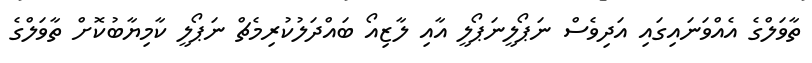
ތާވަލްގެ އެއްވަނައިގައި އަދިވެސް ނަޕޯލީނަޕޯލީ އާއި ލާޒިއޯ ބައްދަލުކުރިމެޗް ނަޕޯލީ ކާމިޔާބުކޮށް ތާވަލްގެ